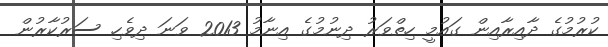
ކުރުމުގެ ދާއިރާއިން ގައުމީ ހިތްވަރު ދިނުމުގެ އިނާމު 2013 ވަނަ ދިވެހި ސަރުކާރުން